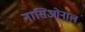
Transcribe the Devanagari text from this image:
नासिओनाल